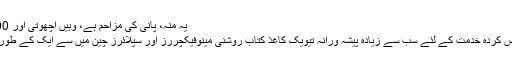
یہ منہ، پانی کی مزاحم ہے، وہیں اچھوتی اور 100% ہے...زیادہ
ہم ہمارے تخصیص کردہ خدمت کے لئے سب سے زیادہ پیشہ ورانہ تیویک کاغذ کتاب روشنی مینوفیکچررز اور سپلائرز چین میں سے ایک کے طور پر معروف ہیں ۔